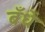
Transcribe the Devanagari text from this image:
बँधें